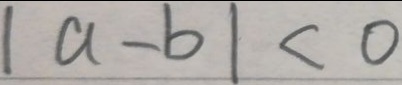
\vert a - b \vert < 0